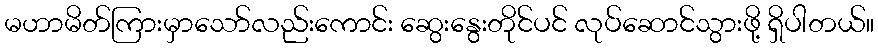
မဟာမိတ်ကြားမှာသော်လည်းကောင်း ဆွေးနွေးတိုင်ပင် လုပ်ဆောင်သွားဖို့ ရှိပါတယ်။